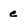
Character: e